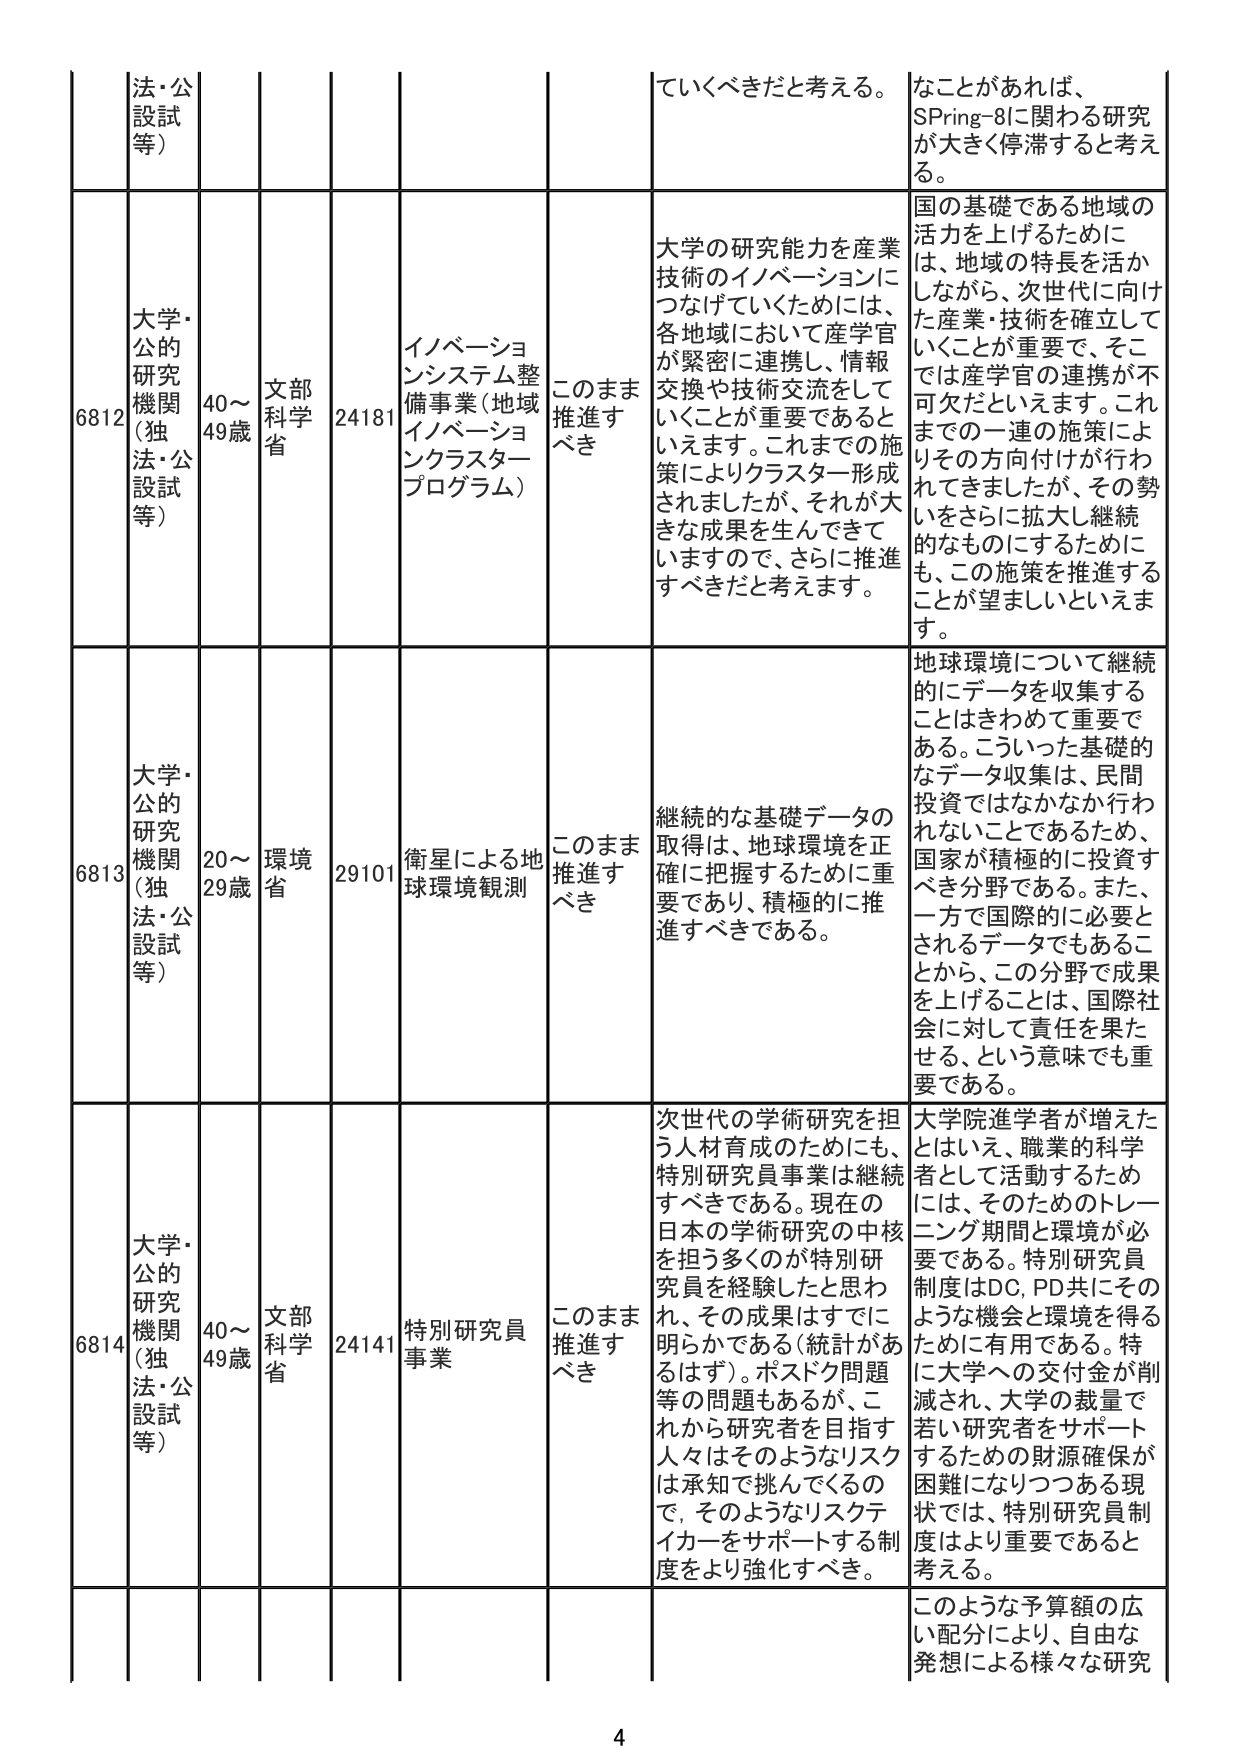
6812 大学・公的研究機関（独法・公設試等） 40～49歳 文部科学省 24181 イノベーションシステム整備事業（地域イノベーションクラスター プログラム） このまま推進すべき 大学の研究能力を産業技術のイノベーションにつなげていくためには、各地域において産学官が緊密に連携し、情報交換や技術交流をしていくことが重要であるといえます。これまでの施策によりクラスター形成されましたが、それが大きな成果を生んできていますので、さらに推進すべきだと考えます。 なことがあれば、SPring-8に関わる研究が大きく停滞すると考える。 国の基礎である地域の活力を上げるためには、地域の特長を活かしながら、次世代に向けた産業・技術を確立していくことが重要で、そこでは産学官の連携が不可欠だといえます。これまでの一連の施策によりその方向付けが行われてきましたが、その勢いをさらに拡大し継続的なものにするためにも、この施策を推進することが望ましいといえます。

6813 大学・公的研究機関（独法・公設試等） 20～29歳 環境省 29101 衛星による地球環境観測 このまま推進すべき 継続的な基礎データの取得は、地球環境を正確に把握するために重要であり、積極的に推進すべきである。 地球環境について継続的にデータを収集することはきわめて重要である。こういった基礎的なデータ収集は、民間投資ではなかなか行われないことであるため、国家が積極的に投資すべき分野である。また、一方で国際的に必要とされるデータでもあることから、この分野で成果を上げることは、国際社会に対して責任を果たせる、という意味でも重要である。

6814 大学・公的研究機関（独法・公設試等） 40～49歳 文部科学省 24141 特別研究員事業 このまま推進すべき 次世代の学術研究を担う人材育成のためにも、特別研究員事業は継続すべきである。現在の日本の学術研究の中核を担う多くのが特別研究員を経験したと思われ、その成果はすでに明らかである（統計があるはず）。ポスドク問題等の問題もあるが、これから研究者を目指す人々はそのようなリスクは承知で挑んでくるので、そのようなリスクテイカーをサポートする制度をより強化すべき。 大学院進学者が増えたとはいえ、職業的科学者として活動するためには、そのためのトレーニング期間と環境が必要である。特別研究員制度はDC, PD共にそのような機会と環境を得るために有用である。特に大学への交付金が削減され、大学の裁量で若い研究者をサポートするための財源確保が困難になりつつある現状では、特別研究員制度はより重要であると考える。

このような予算額の広い配分により、自由な発想による様々な研究

4